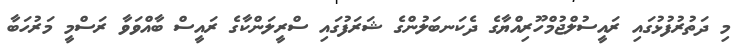
މި ދަތުރުފުޅުގައި ރައީސުލްޖުމްހޫރިއްޔާގެ ދެކަނބަލުންގެ ޝަރަފުގައި ސްރީލަންކާގެ ރައީސް ބާއްވަވާ ރަސްމީ މަރުހަބާ